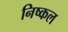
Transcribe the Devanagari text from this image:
निष्कल